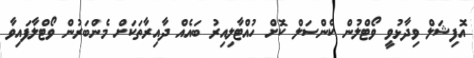
އޮފިޝަލް ވިދާޅުވީ ވޯޓްލުން ކެންސަލް ކޮށް ހުއްޓާލިއިރު ބައެއް ދާއިރާތަކަށް މެންބަރުން ވޯޓްލާފައިވާ